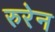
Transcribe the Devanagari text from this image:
रुरेन